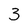
Character: 3